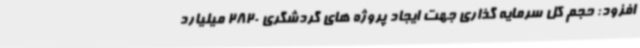
افزود: حجم کل سرمایه گذاری جهت ایجاد پروژه های گردشگری 2820 میلیارد